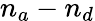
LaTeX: n_{a}-n_{d}